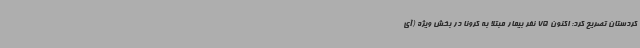
کردستان تصریح کرد: اکنون 75 نفر بیمار مبتلا به کرونا در بخش ویژه (آی